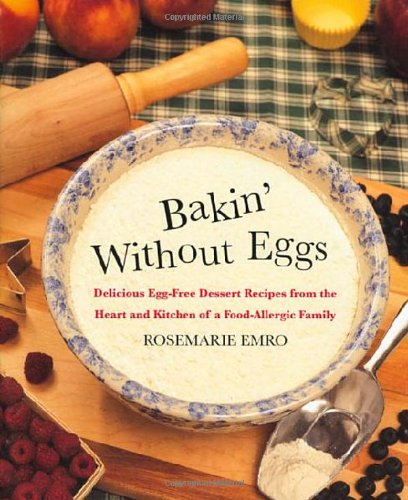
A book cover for Bakin' Without Eggs: Delicious Egg-Free Dessert Recipes from the Heart and Kitchen of a Food-Allergic Family; Rosemarie Emro; Health, Fitness & Dieting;